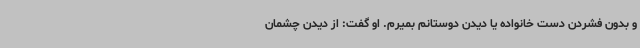
و بدون فشردن دست خانواده یا دیدن دوستانم بمیرم. او گفت: از دیدن چشمان